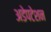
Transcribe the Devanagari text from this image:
अडेपटेशन